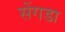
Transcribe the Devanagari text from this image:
सेंगडा